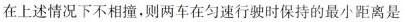
在上述情况下不相撞，则两车在匀速行驶时保持的最小距离是